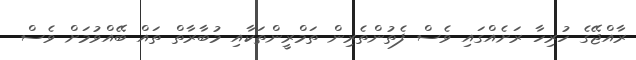
ރާއްޖޭގެ ހުރިހާ ރަށެއްގައި ވެސް ފެތުންތެރިން ތަމްރީންތަކާއި މުބާރާތް ތައް ބޭއްވުމަށް ވެސް